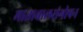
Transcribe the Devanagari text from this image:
माताबालसंगोपन